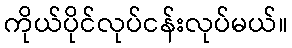
ကိုယ်ပိုင်လုပ်ငန်းလုပ်မယ်။